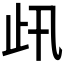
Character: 𣥇